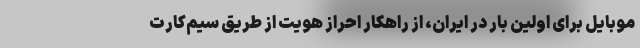
موبایل برای اولین بار در ایران، از راهکار احراز هویت از طریق سیم‌کارت